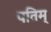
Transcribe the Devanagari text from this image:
पतिम्